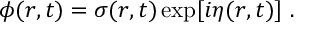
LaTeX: \phi ( r , t ) = \sigma ( r , t ) \exp [ i \eta ( r , t ) ] \ .